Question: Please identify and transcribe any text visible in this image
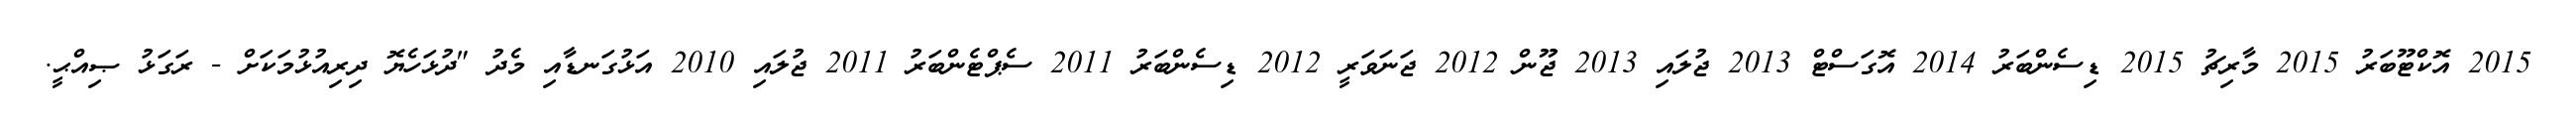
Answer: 2015 އޮކްޓޫބަރު 2015 މާރިޗު 2015 ޑިސެންބަރު 2014 އޮގަސްޓް 2013 ޖުލައި 2013 ޖޫން 2012 ޖަނަވަރީ 2012 ޑިސެންބަރު 2011 ސެޕްޓެންބަރު 2011 ޖުލައި 2010 އަޅުގަނޑާއި މެދު "ދުޅަހެޔޮ ދިރިއުޅުމަކަށް - ރަގަޅު ޞިއްޙީ.